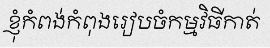
ខ្ញុំកំពង់កំពុងរៀបចំកម្មវិធីកាត់